Annual report of the Imperial Bacteriologist
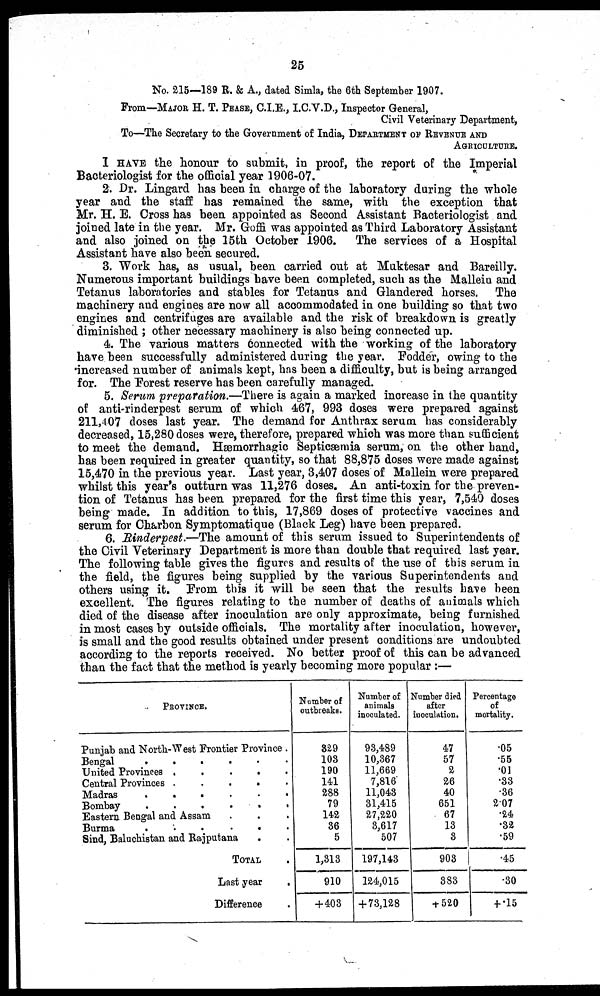
25
No. 215—189 R. & A., dated Simla, the 6th September 1907.
From—MAJOR H. T. PEASE, C.I.E., I.C.V.D., Inspector General,
Civil Veterinary Department,
To—The Secretary to the Government of India, DEPARTMENT OF REVENUE AND
AGRICULTURE.
I HAVE the honour to submit, in proof, the report of the Imperial
Bacteriologist for the official year 1906-07.
2. Dr. Lingard has been in charge of the laboratory during the whole
year and the staff has remained the same, with the exception that
Mr. H. E. Cross has been appointed as Second Assistant Bacteriologist and
joined late in the year. Mr. Goffi was appointed as Third Laboratory Assistant
and also joined on the 15th October 1906. The services of a Hospital
Assistant have also been secured.
3. Work has, as usual, been carried out at Muktesar and Bareilly.
Numerous important buildings have been completed, such as the Mallein and
Tetanus laboratories and stables for Tetanus and Glandered horses. The
machinery and engines are now all accommodated in one building so that two
engines and centrifuges are available and the risk of breakdown is greatly
diminished ; other necessary machinery is also being connected up.
4. The various matters connected with the working of the laboratory
have been successfully administered during the year. Fodder, owing to the
*increased number of animals kept, has been a difficulty, but is being arranged
for. The Forest reserve has been carefully managed.
5. Serum preparation.—There is again a marked increase in the quantity
of anti-rinderpest serum of which 467, 993 doses were prepared against
211,407 doses last year. The demand for Anthrax serum has considerably
decreased, 15,280 doses were, therefore, prepared which was more than sufficient
to meet the demand. Hæmorrhagic Septicæmia serum, on the other hand,
has been required in greater quantity, so that 88,875 doses were made against
15,470 in the previous year. Last year, 3,407 doses of Mallein were prepared
whilst this year's outturn was 11,276 doses. An anti-toxin for the preven-
tion of Tetanus has been prepared for the first time this year, 7,540 doses
being made. In addition to this, 17,869 doses of protective vaccines and
serum for Charbon Symptomatique (Black Leg) have been prepared.
6. Rinderpest.—The amount of this serum issued to Superintendents of
the Civil Veterinary Department is more than double that required last year.
The following table gives the figures and results of the use of this serum in
the field, the figures being supplied by the various Superintendents and
others using it. From this it will be seen that the results have been
excellent. The figures relating to the number of deaths of animals which
died of the disease after inoculation are only approximate, being furnished
in most cases by outside officials. The mortality after inoculation, however,
is small and the good results obtained under present conditions are undoubted
according to the reports received. No better proof of this can be advanced
than the fact that the method is yearly becoming more popular :—
PROVINCE.
Punjab and North-West Frontier Province .
Bengal
.
United Provinces . .
Central Provinces
Madras
Bombay
.
.
.
.
.
.
.
.
.
.
.
.
Eastern Bengal and Assam .
Burma
.
.
.
.
.
.
.
.
.
.
Sind, Baluchistan and Rajputana .
.
.
.
.
.
.
.
.
TOTAL
Last year
Difference
.
.
.
.
.
.
.
.
.
.
.
Number of
outbreaks.
329
103
190
141
288
79
142
36
5
1,313
910
+403
Number of
animals
inoculated.
93,489
10,367
11,669
7,816
11,043
31,415
27,220
3,617
507
197,143
124,015
+73,128
Number died
after
inoculation.
47
57
2
26
40
651
67
13
3
903
383
+ 520
Percentage
of
mortality.
.05
.55
.01
.33
.36
2.07
.24
.32
.59
.45
.30
+.15